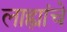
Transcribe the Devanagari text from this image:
लाह्यांचे